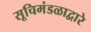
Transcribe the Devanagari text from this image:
सूचिमंडळाद्वारे